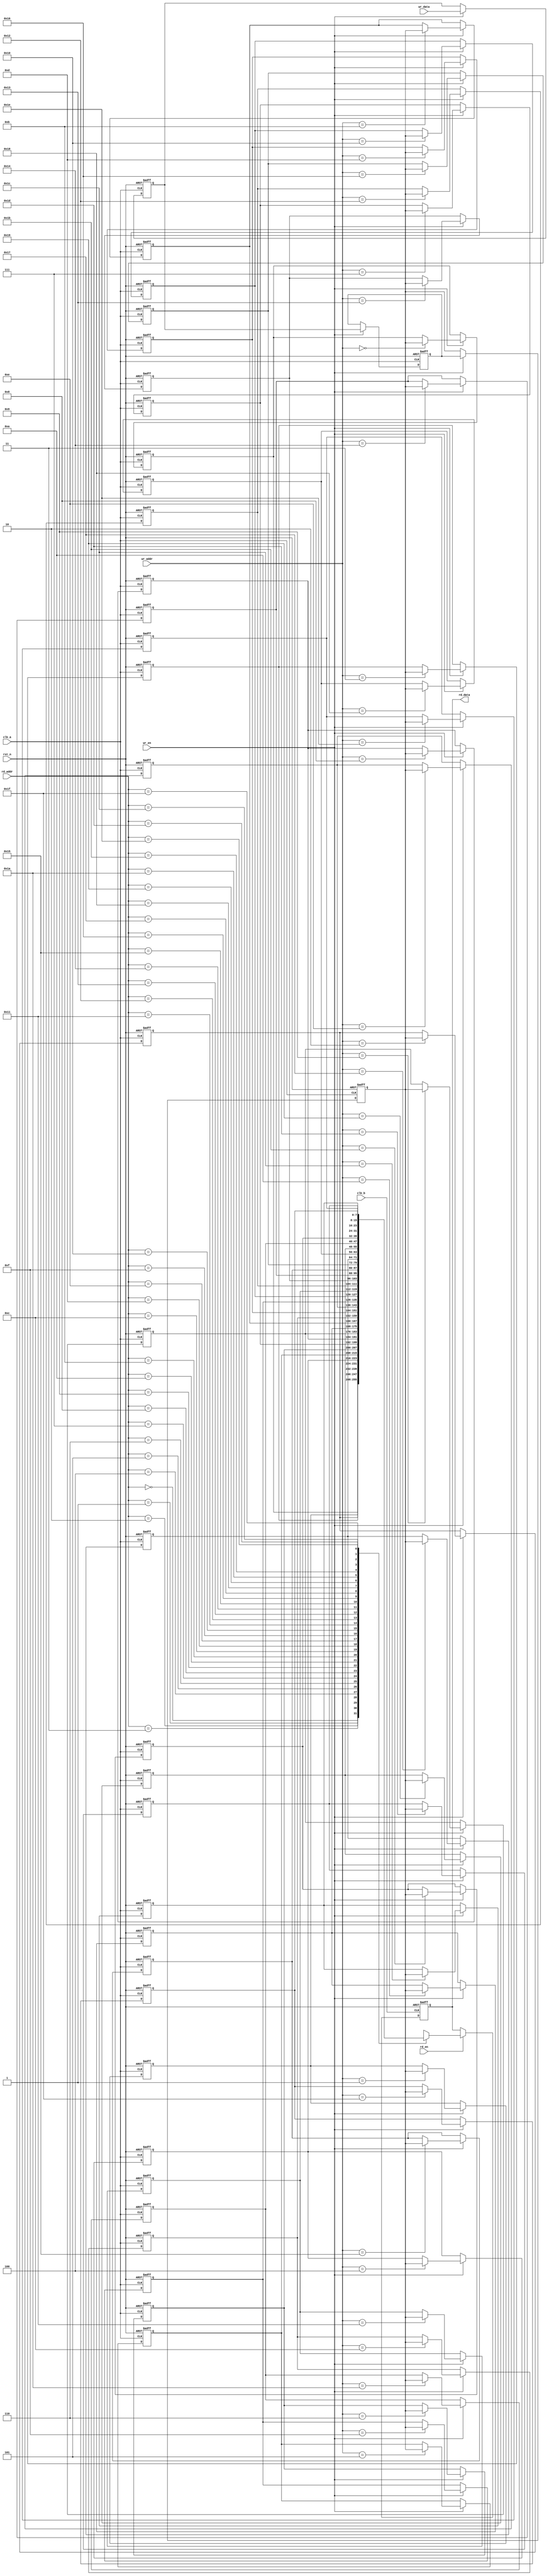
module MemoryBlock #(
    parameter DATA_WIDTH = 8,   // Width of each data word
    parameter ADDR_WIDTH = 5,   // Number of address bits (2^ADDR_WIDTH words)
    parameter DELAY_LINE_DEPTH = 3 // Depth of the safe delay line
) (
    input wire clk_a,          // Clock for write operations
    input wire clk_b,          // Clock for read operations
    input wire rst_n,          // Active low reset
    input wire wr_en,          // Write enable signal
    input wire rd_en,          // Read enable signal
    input wire [ADDR_WIDTH-1:0] wr_addr, // Write address
    input wire [ADDR_WIDTH-1:0] rd_addr, // Read address
    input wire [DATA_WIDTH-1:0] wr_data, // Data to write
    output reg [DATA_WIDTH-1:0] rd_data // Data output
);

    // Memory array declaration
    reg [DATA_WIDTH-1:0] memory [(2**ADDR_WIDTH)-1:0];
    
    // Safe delay line signals
    reg [DATA_WIDTH-1:0] delay_line [DELAY_LINE_DEPTH-1:0];
    
    // Synchronous reset logic
    integer i;
    always @(posedge clk_a or negedge rst_n) begin
        if (!rst_n) begin
            // Reset memory
            for (i = 0; i < (2**ADDR_WIDTH); i = i + 1) begin
                memory[i] <= {DATA_WIDTH{1'b0}};
            end
            // Reset delay line
            for (i = 0; i < DELAY_LINE_DEPTH; i = i + 1) begin
                delay_line[i] <= {DATA_WIDTH{1'b0}};
            end
        end else if (wr_en) begin
            // Shift through delay line
            delay_line[0] <= wr_data;
            for (i = 1; i < DELAY_LINE_DEPTH; i = i + 1) begin
                delay_line[i] <= delay_line[i-1];
            end
            // Write to memory (after delay line)
            memory[wr_addr] <= delay_line[DELAY_LINE_DEPTH-1];
        end
    end

    // Read logic
    always @(posedge clk_b or negedge rst_n) begin
        if (!rst_n) begin
            rd_data <= {DATA_WIDTH{1'b0}};
        end else if (rd_en) begin
            // Read data with synchronization
            rd_data <= memory[rd_addr];
        end
    end

endmodule